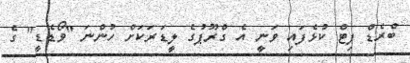
ބްރެޑް ޕިޓް ކުޅެފައި ވަނީ އެ ގްރޫޕުގެ ލީޑަރަކަށް ހުންނަ "ވޯޑެޑީ" ގެ